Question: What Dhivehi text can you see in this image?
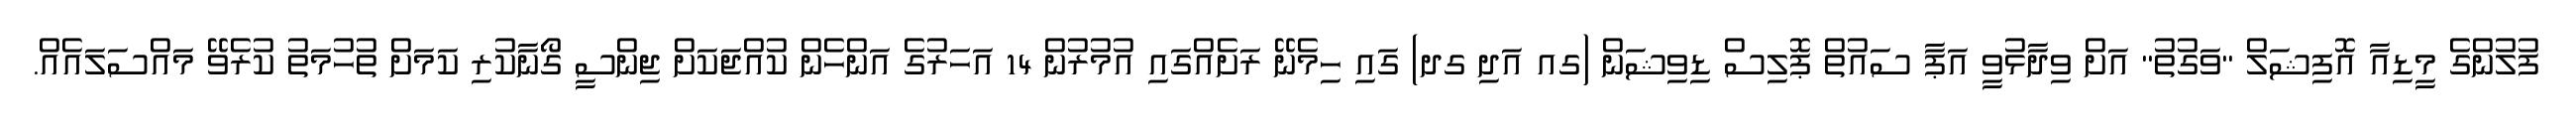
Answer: ފުލުންގެ މީޑިއާ އޮފިޝަލް "ވަގުތު" އަށް ވިދާޅުވީ އަޕާ ސައުތް ޕޮލިސް ޑިވިޝަން (ގއ އަދި ގދ) ގައި ހިމެނޭ ރަށެއްގައި އުމުރުން 14 އަހަރުގެ އަންހެން ކުއްޖަކަށް ޖިންސީ ގޯނާކުރި ކަމަށް ތުހުމަތު ކުރެވޭ މައްސަލައެއް.